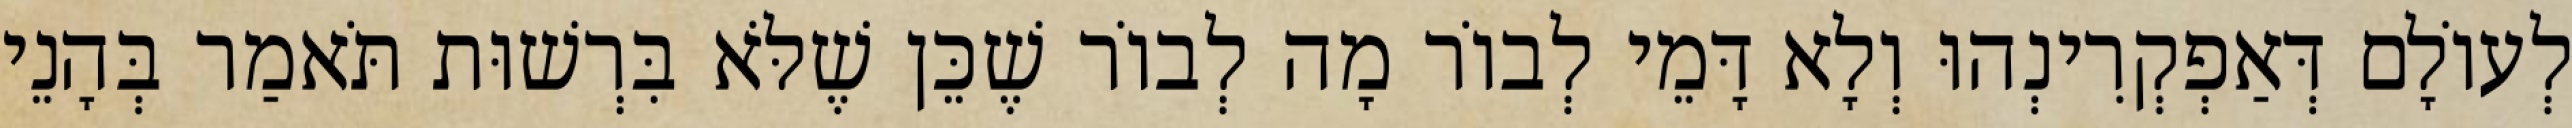
לְעוֹלָם דְּאַפְקְרִינְהוּ וְלָא דָּמֵי לְבוֹר מָה לְבוֹר שֶׁכֵּן שֶׁלֹּא בִּרְשׁוּת תֹּאמַר בְּהָנֵי